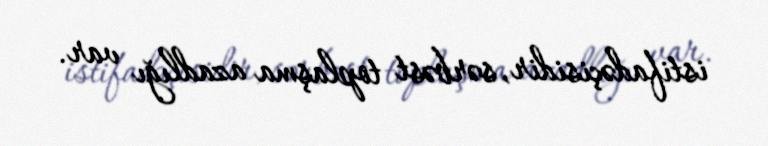
istifadəçisidir, sərbəst toplaşma azadlığı var.